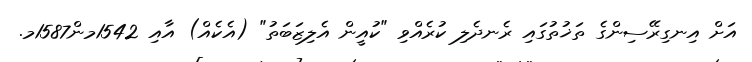
އަށް އިނގިރޭސިންގެ ތަޚުތުގައި ރެނދެލި ކުރެއްވި "ކުއީން އެލިޒަބަތު" (އެކެއް) އާއި 1542މން1587މ.